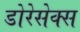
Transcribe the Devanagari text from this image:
डोरेसेक्स